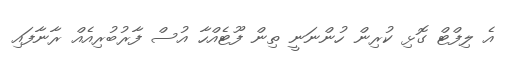
އެ ލިފްޓް ގޮޅި ކުރިން ހުންނަނީ ތިން ފޫޓެއްހާ އުސް ފާރުބުރިއެއް ރާނާފައި